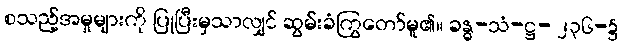
စသည့်အမှုများကို ပြုပြီးမှသာလျှင် ဆွမ်းခံကြွတော်မူ၏။ ခန္ဓ-သံ-ဋ္ဌ- ၂၃၆-၌